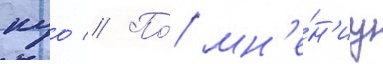
куо // По́ мн'е́н'иу